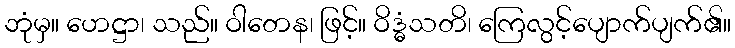
ဘုံမှ။ ဟေဋ္ဌာ၊ သည်။ ဝါတေန၊ ဖြင့်။ ဝိဒ္ဓံသတိ၊ ကြေလွင့်ပျောက်ပျက်၏။